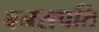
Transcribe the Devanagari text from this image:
बनसपति